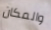
والمكان